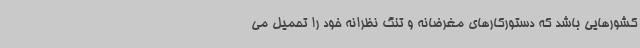
کشورهایی باشد که دستورکارهای مغرضانه و تنگ نظرانه خود را تحمیل می